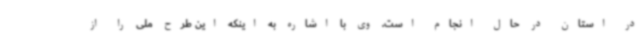
در استان در حال انجام است. وی با اشاره به اینکه این طرح ملی را از